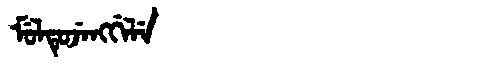
Manchu: ᠮᡠᠯᡨᡠᠵᡝᠩᡤᡝᠯᡝ
Romanization: MULTUJENGGELE